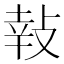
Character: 𢽞